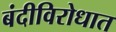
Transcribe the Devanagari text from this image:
बंदीविरोधात